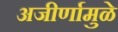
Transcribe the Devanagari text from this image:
अजीर्णामुळे